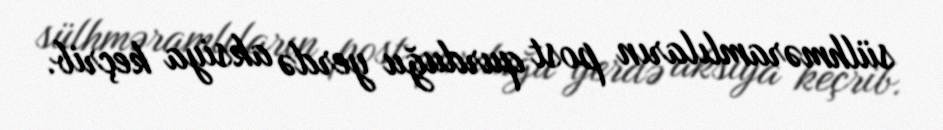
sülhməramlıların post qurduğu yerdə aksiya keçrib.